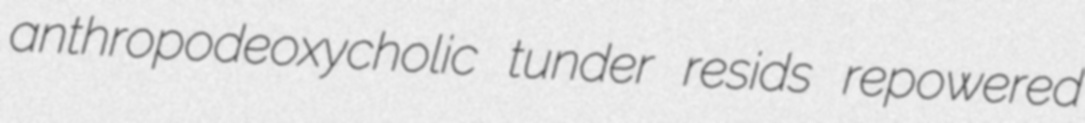
anthropodeoxycholic tunder resids repowered